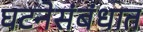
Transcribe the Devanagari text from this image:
घटनेसंबंधात